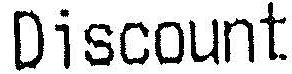
DISCOUNT